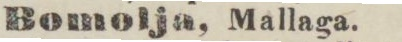
Bomolja, Mallaga.